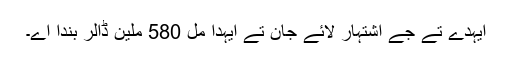
ایہدے تے جے اشتہار لائے جان تے ایہدا مُل 580 ملین ڈالر بندا اے۔